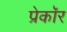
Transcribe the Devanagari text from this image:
प्रेकॉर